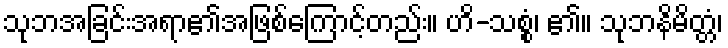
သုဘအခြင်းအရာ၏အဖြစ်ကြောင့်တည်း။ ဟိ-သစ္စံ၊ ၏။ သုဘနိမိတ္တံ၊